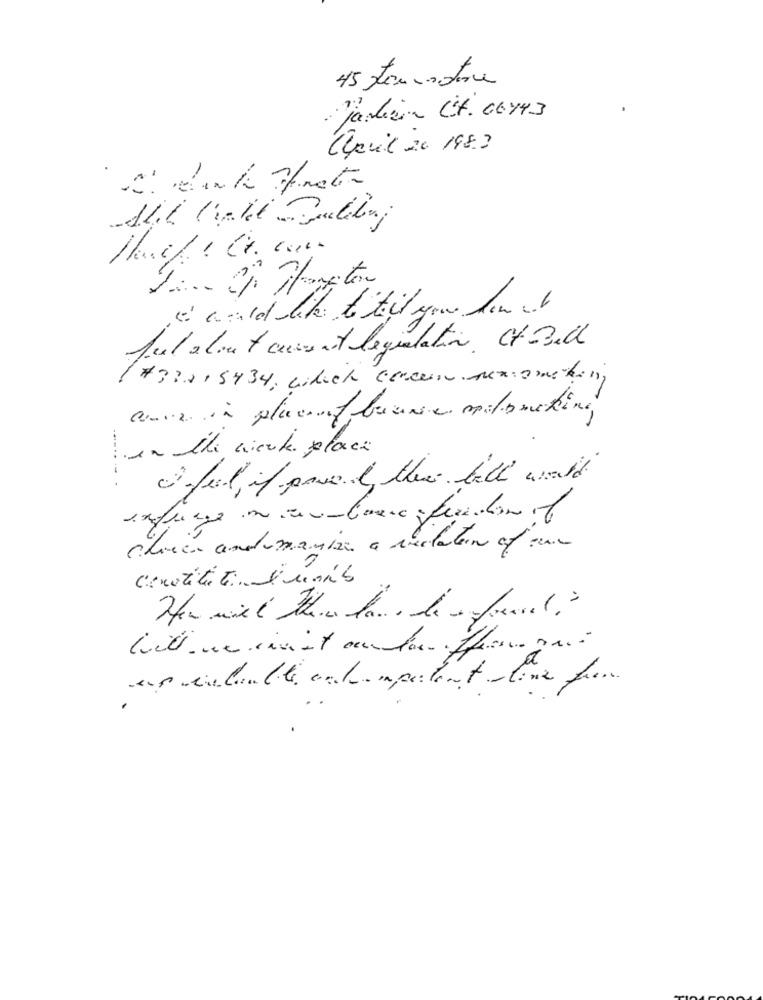
45 Fournotre
Jardin Ct. 06743
Alquil 20 198.3
Jul about current legislation Gt-Ball
(733215434, eibach Gercene sexsomething
cuve in placeof binnen mitsmoking,
in the work place
Ifeel if pa il there bill world
.....-.
chueca andlomania a recalar of una
aus vielenle champartent -line for